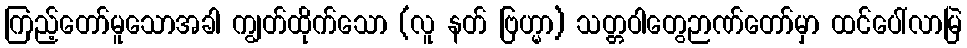
ကြည့်တော်မူသောအခါ ကျွတ်ထိုက်သော (လူ နတ် ဗြဟ္မာ) သတ္တဝါတွေဉာဏ်တော်မှာ ထင်ပေါ်လာမြဲ